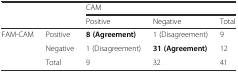
<table><thead><tr><td rowspan="2" colspan="2"></td><td colspan="3"><b>CAM</b></td></tr><tr><td><b>Positive</b></td><td><b>Negative</b></td><td><b>Total</b></td></tr></thead><tbody><tr><td rowspan="3">FAM-CAM</td><td>Positive</td><td><b>8 (Agreement)</b></td><td>1 (Disagreement)</td><td>9</td></tr><tr><td>Negative</td><td>1 (Disagreement)</td><td><b>31 (Agreement)</b></td><td>12</td></tr><tr><td>Total</td><td>9</td><td>32</td><td>41</td></tr></tbody></table>